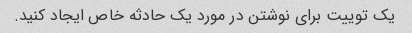
یک توییت برای نوشتن در مورد یک حادثه خاص ایجاد کنید.